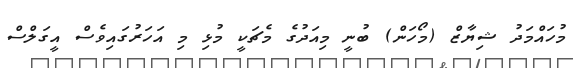
މުހައްމަދު ޝިޔާޒް (މޯހަން) ބުނީ މިއަދުގެ މެޗަކީ މުޅި މި އަހަރުގައިވެސް އީގަލްސް